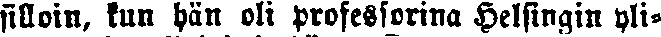
silloin, kun hän oli professorina Helsingin yli-